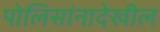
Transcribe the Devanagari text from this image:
पोलिसांनादेखील